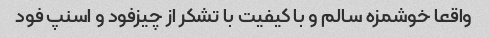
واقعا خوشمزه سالم و با کیفیت با تشکر از چیزفود و اسنپ فود